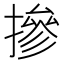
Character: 摻